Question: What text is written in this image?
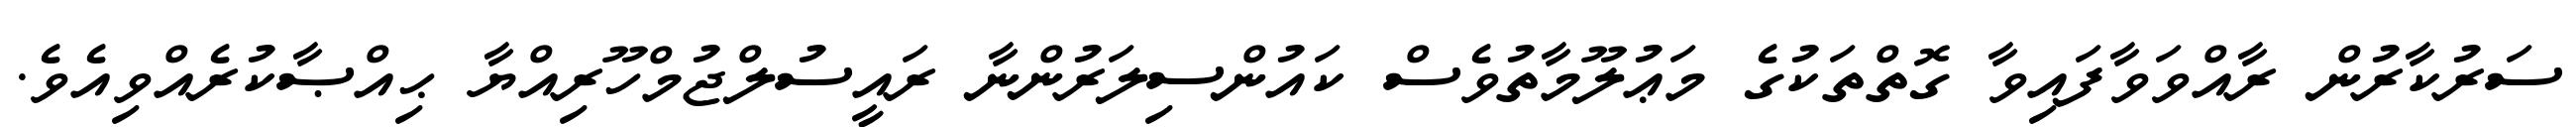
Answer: ސަރުކާރުން ރާއްވަވާފައިވާ ގޮތްތަކުގެ މަޢުލޫމާތުވެސް ކައުންސިލަރުންނާ ރައީސުލްޖުމްހޫރިއްޔާ ޙިއްޞާކުރެއްވިއެވެ.